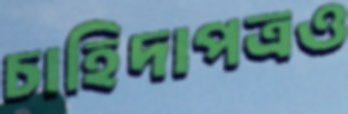
চাহিদাপত্রও